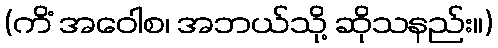
(ကိံ အဝေါစ၊ အဘယ်သို့ ဆိုသနည်း။)